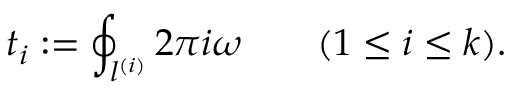
t _ { i } : = \oint _ { l ^ { ( i ) } } 2 \pi i \omega \qquad ( 1 \leq i \leq k ) .